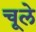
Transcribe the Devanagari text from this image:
चूले